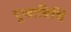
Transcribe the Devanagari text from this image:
पूजाविधिं